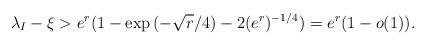
LaTeX: \begin{align*} \lambda_I - \xi > e^r (1 - \exp{(-\sqrt{r}/4)} - 2 (e^r)^{-1/4}) = e^r(1 - o(1)).\end{align*}